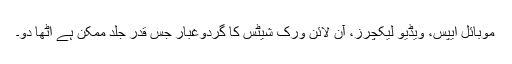
موبائل ایپس، ویڈیو لیکچرز، آن لائن ورک شیٹس کا گردوغبار جس قدر جلد ممکن ہے اٹھا دو۔